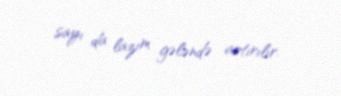
sayı da lazım gələndə artırılır.